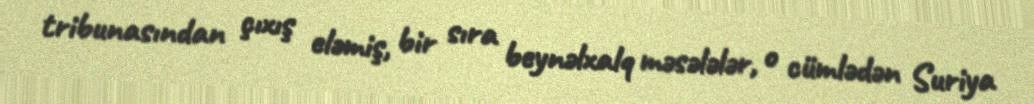
tribunasından çıxış eləmiş, bir sıra beynəlxalq məsələlər, o cümlədən Suriya